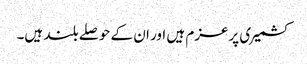
کشمیری پرعزم ہیں اور ان کے حوصلے بلند ہیں۔